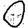
Digit: 0